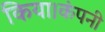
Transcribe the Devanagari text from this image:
किया।कंपनी